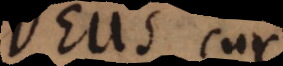
Deus cur